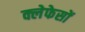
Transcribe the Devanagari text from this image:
क्लेफेसों